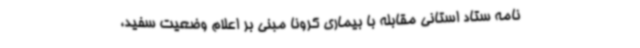
نامه ستاد استانی مقابله با بیماری کرونا مبنی‌ بر اعلام وضعیت سفید،